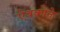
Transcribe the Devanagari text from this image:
ऐबकाने